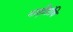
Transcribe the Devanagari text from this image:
नाड़ीग्रंथि